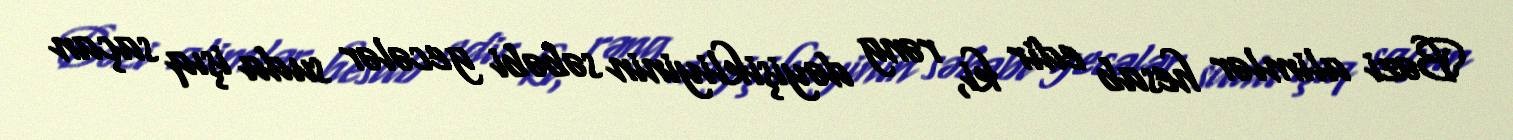
Bəzi alimlər hesab edir ki, rəng dəyişikliyinin səbəbi gecələr suda işıq saçan